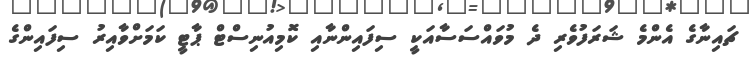
ޗައިނާގެ އެންމެ ޝަރަފުވެރި ދެ މުވައްސަސާއަކީ ސިފައިންނާއި ކޮމިއުނިސްޓް ޕާޓީ ކަމަށްވާއިރު ސިފައިންގެ